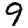
Digit: 9